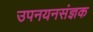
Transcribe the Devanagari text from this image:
उपनयनसंज्ञक